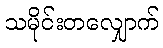
သမိုင်းတလျှောက်